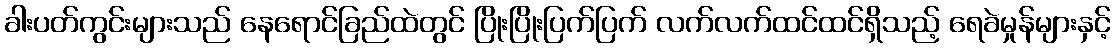
ခါးပတ်ကွင်းများသည် နေရောင်ခြည်ထဲတွင် ပြိုးပြိုးပြက်ပြက် လက်လက်ထင်ထင်ရှိသည့် ရေခဲမှုန်များနှင့်